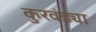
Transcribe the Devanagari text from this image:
कुरवंड्या